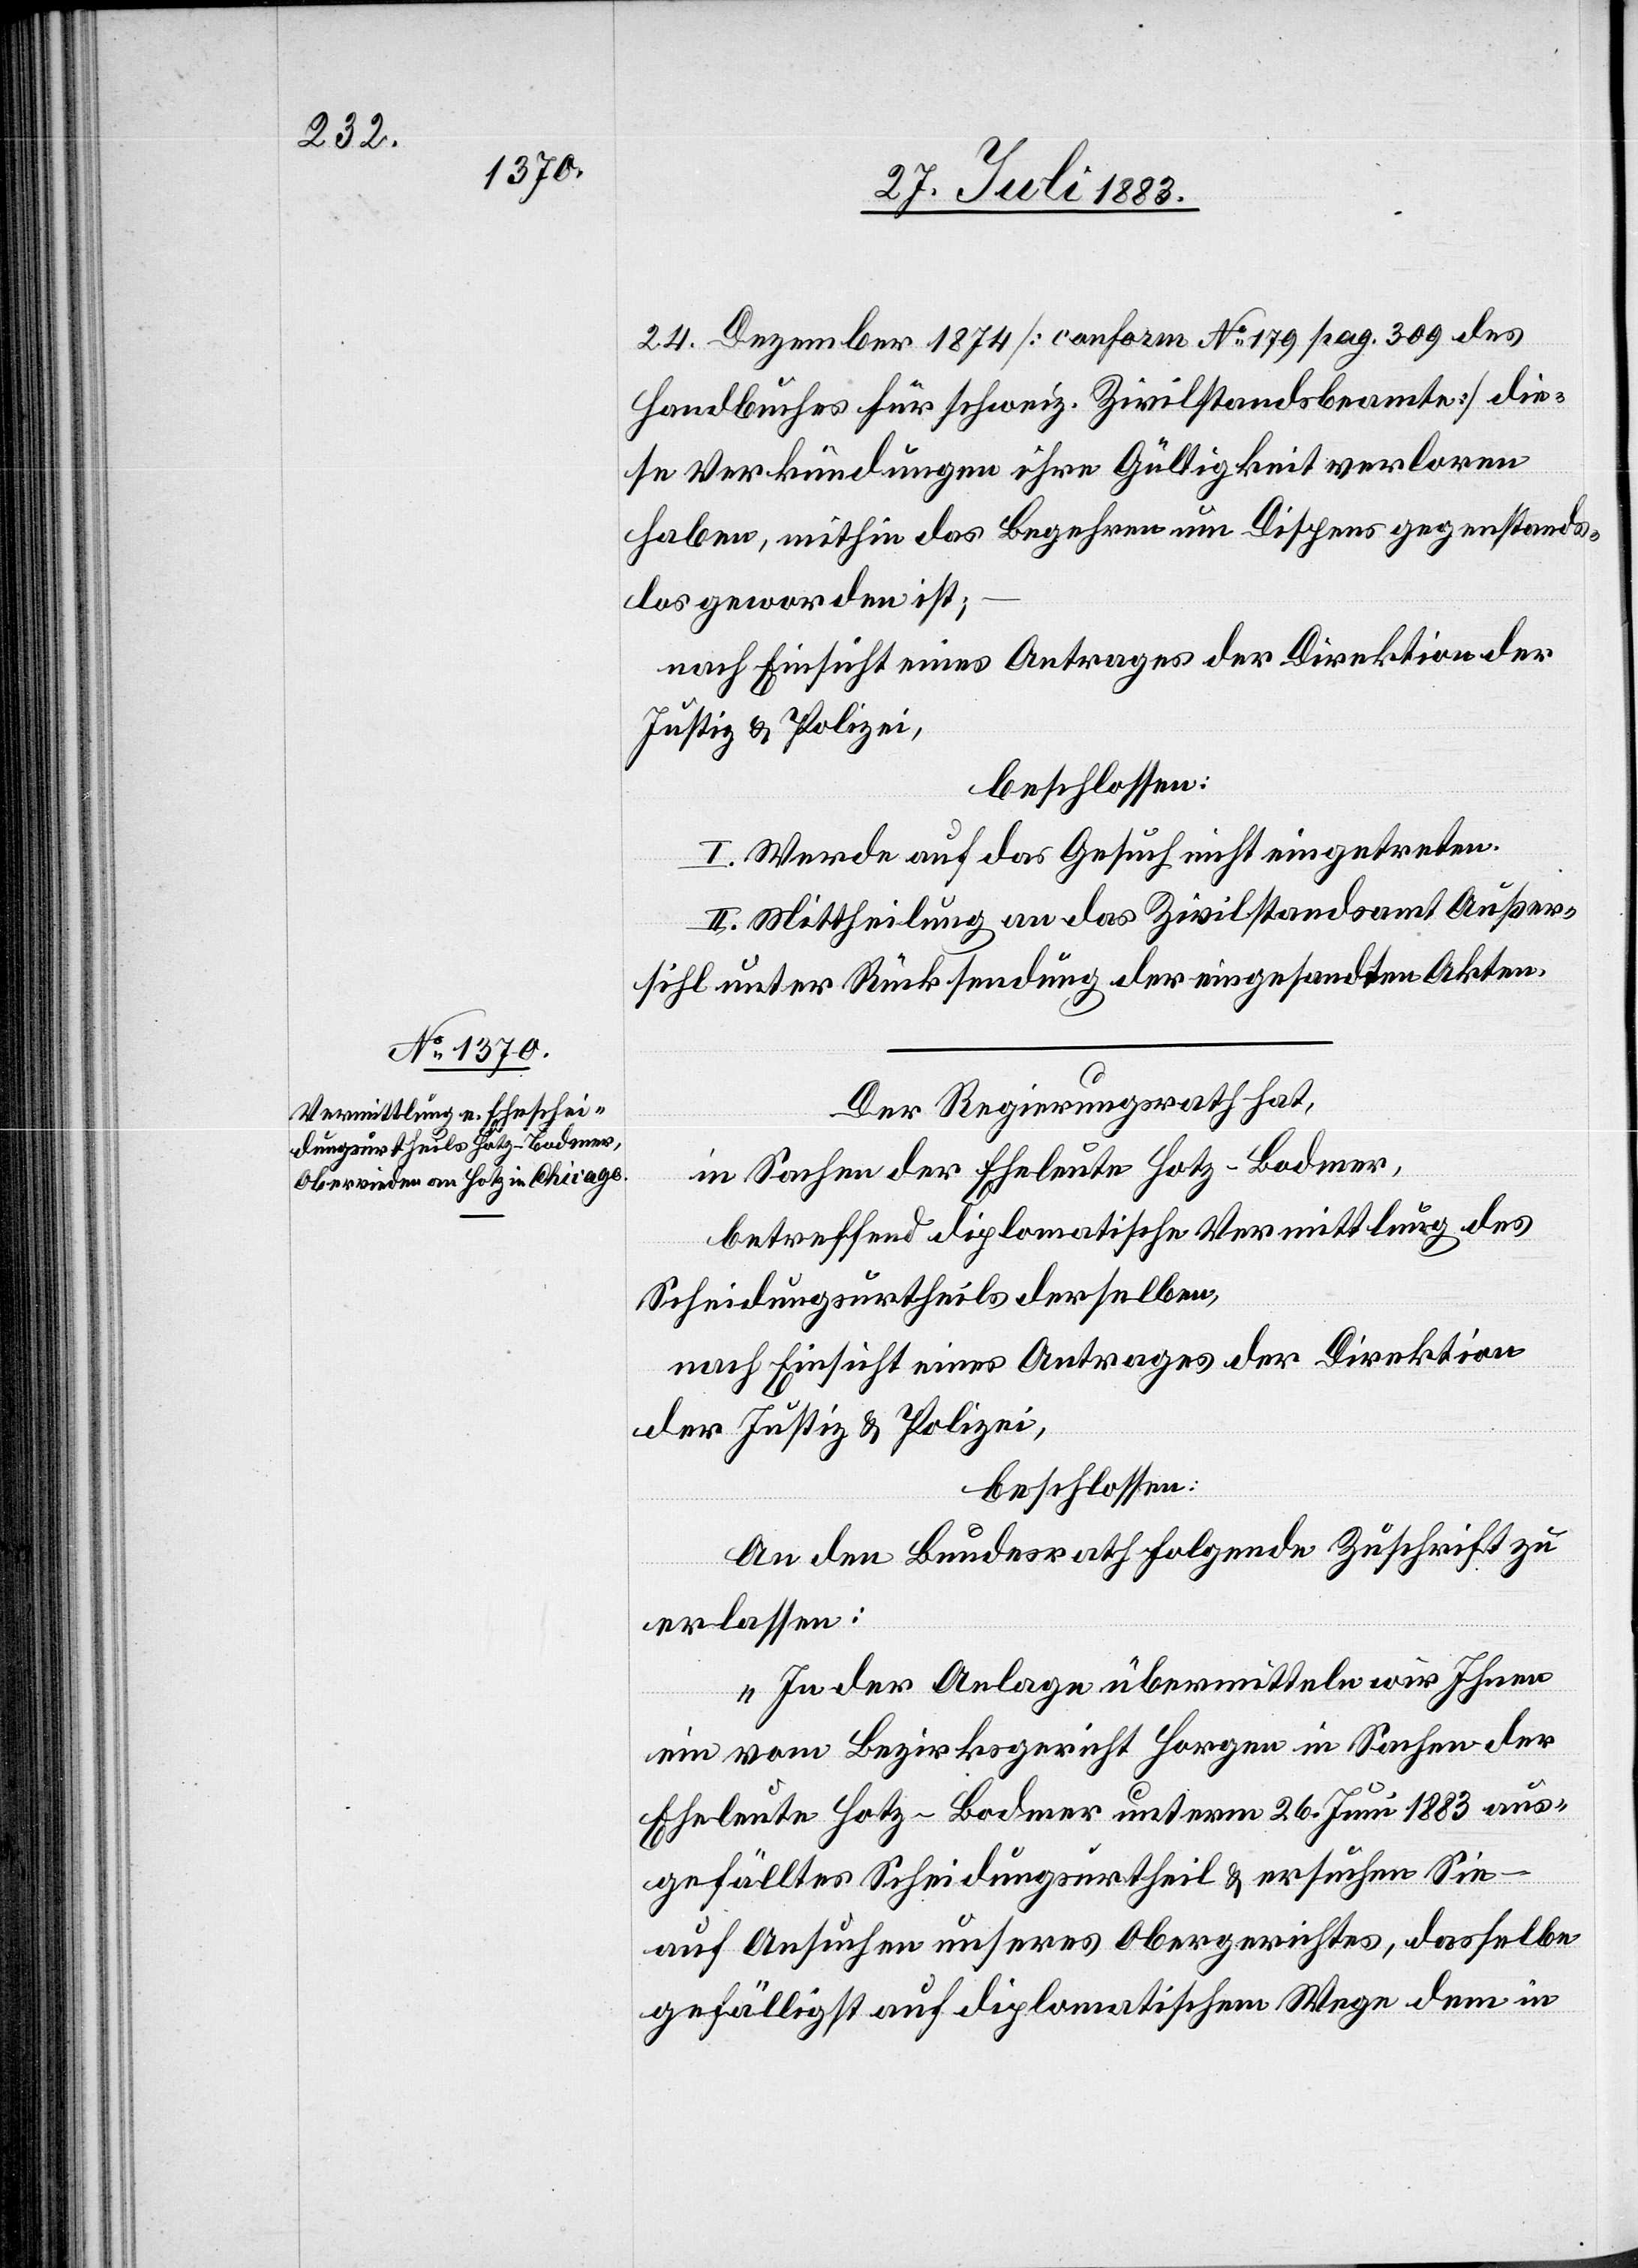
24. Dezember 1874 [conform No 179 pag. 309 des
Handbuches für schweiz. Zivilstandsbeamte] die¬
se Verkündung ihre Gültigkeit verloren
habe, mithin das Begehren um Dispens gegenstands¬
los geworden ist;
nach Einsicht eines Antrages der Direktion der
Justiz & Polizei,
beschlossen:
I. Werde auf das Gesuch nicht eingetreten.
II. Mittheilung an das Zivilstandsamt Außer¬
sihl unter Rücksendung der eingesandten Akten.
Der Regierungsrath hat,
in Sachen der Eheleute Hotz-Bodmer,
betreffend diplomatische Vermittlung des
Scheidungsurtheils derselben,
nach Einsicht eines Antrages der Direktion
der Justiz & Polizei,
beschlossen:
An den Bundesrath folgende Zuschrift zu
erlassen:
„In der Anlage übermitteln wir Ihnen
ein vom Bezirksgericht Horgen in Sachen der
Eheleute Hotz-Bodmer unterm 26. Juni 1883 aus¬
gefälltes Scheidungsurtheil & ersuchen Sie
auf Ansuchen unseres Obergerichtes, [–] dasselbe
gefälligst auf diplomatischem Wege dem in